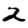
Digit: 2